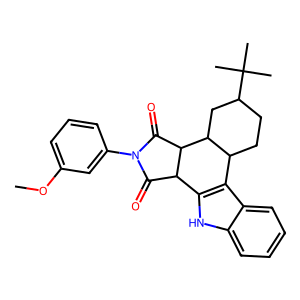
SMILES: COc1cccc(N2C(=O)C3c4[nH]c5ccccc5c4C4CCC(C(C)(C)C)CC4C3C2=O)c1
Inhibits HIV replication: Yes